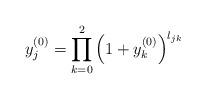
LaTeX: \begin{align*}y_{j}^{(0)} = \prod_{k=0}^{2} \left( 1+ y_{k}^{(0)}\right)^{l_{jk}} \end{align*}